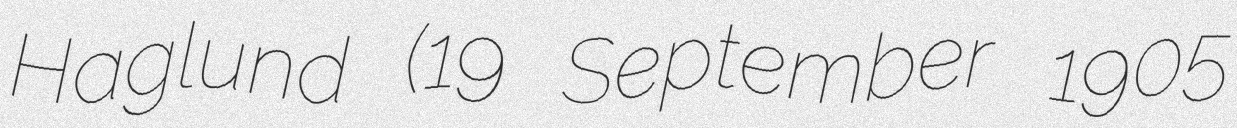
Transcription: Haglund (19 September 1905